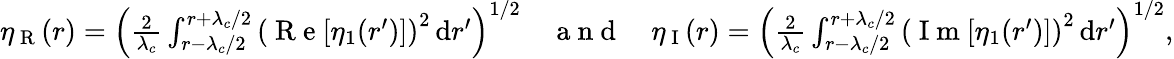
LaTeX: \begin{array}{r}{\eta_{\mathrm{~R~}}(r)=\left(\frac{2}{\lambda_{c}}\int_{r-\lambda_{c}/2}^{r+\lambda_{c}/2}\left(\mathrm{~R~e~}[\eta_{1}(r^{\prime})]\right)^{2}\, \mathrm{d}r^{\prime}\right)^{1/2}\quad\mathrm{~a~n~d~}\quad\eta_{\mathrm{~I~}}(r)=\left(\frac{2}{\lambda_{c}}\int_{r-\lambda_{c}/2}^{r+\lambda_{c}/2}\left(\mathrm{~I~m~}[\eta_{1}(r^{\prime})]\right)^{2}\, \mathrm{d}r^{\prime}\right)^{1/2},}\end{array}